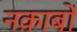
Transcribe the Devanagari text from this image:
नक़ाबों